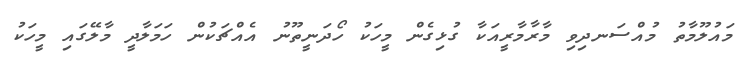
މައުލޫމާތު މުއްސަނދިވި މާރާމާރީއަކާ ގުޅިގެން މީހަކު ހޯދަނީތޫނު އެއްޗަކުން ހަމަލާދީ މާލޭގައި މީހަކު